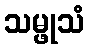
သမ္ဖုသံ